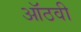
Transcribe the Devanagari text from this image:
ऑठवी